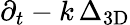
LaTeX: \partial_{t}-k\, \Delta_{\mathrm{3D}}